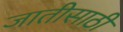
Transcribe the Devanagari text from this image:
जातीसाठी